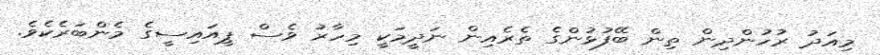
މިއަދު ރުހުންދިން ތިން ބޭފުޅުންގެ ތެރެއިން ނަދީމަކީ މިހާރު ވެސް ޕީއައިސީގެ މެންބަރެކެވެ.